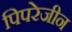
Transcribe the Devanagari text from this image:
पिपरेजीन